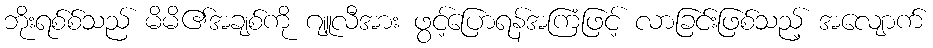
ဘိုးရစ်စ်သည် မိမိ၏အချစ်ကို ဂျူလီအား ဖွင့်ပြောရန်အကြံဖြင့် လာခြင်းဖြစ်သည့် အလျောက်